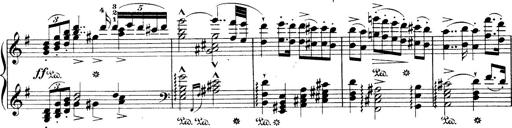
Title: Wagner-Liszt Album
Composer: Franz Liszt